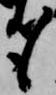
も